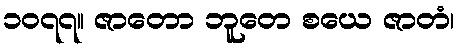
၁၀၇၇။ ဇာတော ဘူတေ စယေ ဇာတံ၊